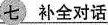
7补全对话